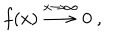
f ( x ) \stackrel { x \rightarrow \infty } { \longrightarrow } 0 \ ,